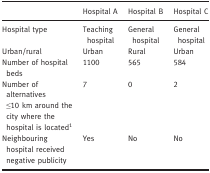
<table><thead><tr><td></td><td><b>Hospital A</b></td><td><b>Hospital B</b></td><td><b>Hospital C</b></td></tr></thead><tbody><tr><td>Hospital type</td><td>Teaching hospital</td><td>General hospital</td><td>General hospital</td></tr><tr><td>Urban/rural</td><td>Urban</td><td>Rural</td><td>Urban</td></tr><tr><td>Number of hospital beds</td><td>1100</td><td>565</td><td>584</td></tr><tr><td>Number of alternatives ≤10 km around the city where the hospital is locateda</td><td>7</td><td>0</td><td>2</td></tr><tr><td>Neighbouring hospital received negative publicity</td><td>Yes</td><td>No</td><td>No</td></tr></tbody></table>